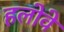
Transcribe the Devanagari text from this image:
हलोवे